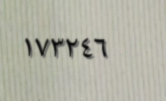
١٧٣٢٤٦